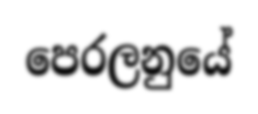
පෙරලනුයේ